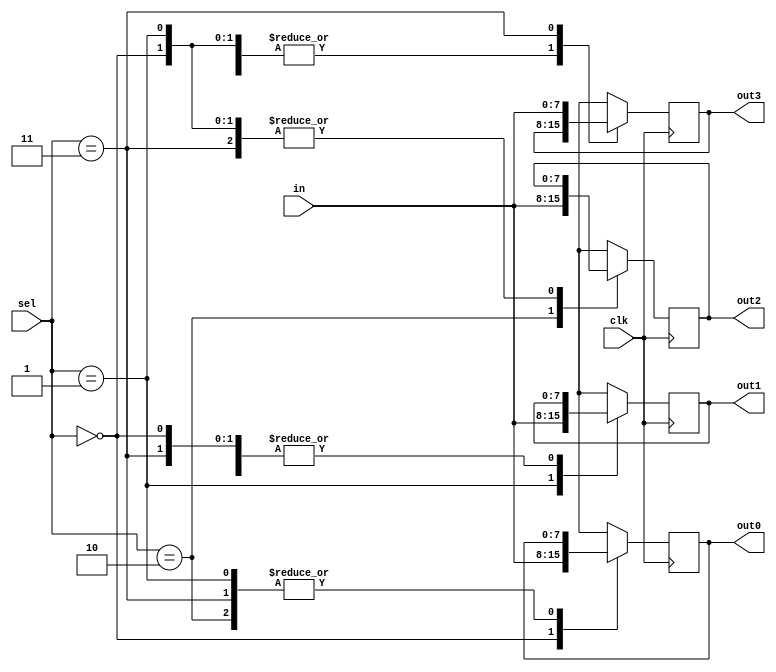
module demux_8 (clk, in, out0, out1, out2, out3, sel); 

input clk;
input [7:0] in; 
output reg [7:0] out0;
output reg [7:0] out1;
output reg [7:0] out2; 
output reg [7:0] out3;
input [1:0] sel;

	always @(posedge clk)
	begin
		case (sel)
		
			2'b00: 
			begin
				out0 <= in;
				out1 <= out1;
				out2 <= out2;
				out3 <= out3;
			end
			
			2'b01:  
			begin
				out0 <= out0;
				out1 <= in;
				out2 <= out2;
				out3 <= out3;
			end
			
			2'b10:  
			begin
				out0 <= out0;
				out1 <= out1;
				out2 <= in;
				out3 <= out3;
			end
			
			2'b11:  
			begin
				out0 <= out0;
				out1 <= out1;
				out2 <= out2;
				out3 <= in;
			end
			
			default: 
			begin
				out0 <= out0;
				out1 <= out1;
				out2 <= out2;
				out3 <= out3;
			end
			
		endcase
	end

endmodule